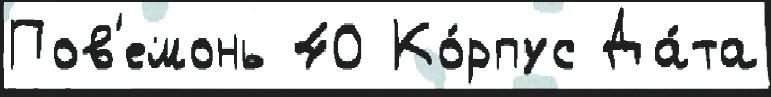
Пов'емонь 40 Ко́рпус Да́та